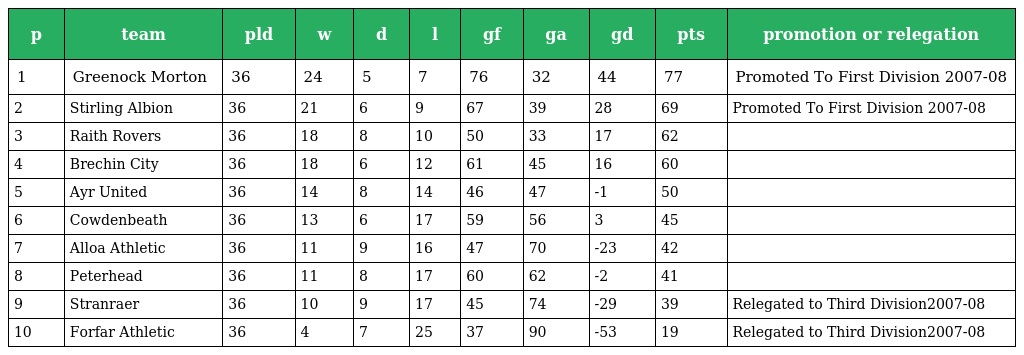
| p | team | pld | w | d | l | gf | ga | gd | pts | promotion or relegation |
 | --- | --- | --- | --- | --- | --- | --- | --- | --- | --- | --- |
 | 1 | Greenock Morton | 36 | 24 | 5 | 7 | 76 | 32 | 44 | 77 | Promoted To First Division 2007-08 |
 | 2 | Stirling Albion | 36 | 21 | 6 | 9 | 67 | 39 | 28 | 69 | Promoted To First Division 2007-08 |
 | 3 | Raith Rovers | 36 | 18 | 8 | 10 | 50 | 33 | 17 | 62 |  |
 | 4 | Brechin City | 36 | 18 | 6 | 12 | 61 | 45 | 16 | 60 |  |
 | 5 | Ayr United | 36 | 14 | 8 | 14 | 46 | 47 | -1 | 50 |  |
 | 6 | Cowdenbeath | 36 | 13 | 6 | 17 | 59 | 56 | 3 | 45 |  |
 | 7 | Alloa Athletic | 36 | 11 | 9 | 16 | 47 | 70 | -23 | 42 |  |
 | 8 | Peterhead | 36 | 11 | 8 | 17 | 60 | 62 | -2 | 41 |  |
 | 9 | Stranraer | 36 | 10 | 9 | 17 | 45 | 74 | -29 | 39 | Relegated to Third Division2007-08 |
 | 10 | Forfar Athletic | 36 | 4 | 7 | 25 | 37 | 90 | -53 | 19 | Relegated to Third Division2007-08 |